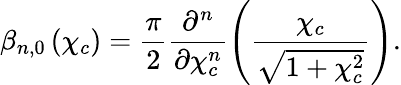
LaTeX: \beta_{n,0}\left(\chi_{c}\right)=\frac{\pi}{2}\frac{\partial^{n}}{\partial\chi_{c}^{n}}\left(\frac{\chi_{c}}{\sqrt{1+\chi_{c}^{2}}}\right).